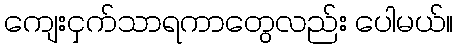
ကျေးငှက်သာရကာတွေလည်း ပေါမယ်။